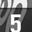
Digit: 5